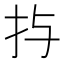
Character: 𱟩